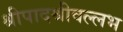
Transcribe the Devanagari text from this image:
श्रीपादश्रीवल्लभ